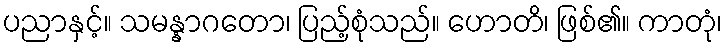
ပညာနှင့်။ သမန္နာဂတော၊ ပြည့်စုံသည်။ ဟောတိ၊ ဖြစ်၏။ ကာတုံ၊